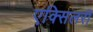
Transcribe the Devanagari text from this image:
एक्सिलरी